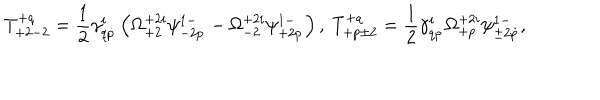
T _ { + 2 - 2 } ^ { + q } = \frac 1 2 \gamma _ { q \dot { p } } ^ { i } \left( \Omega _ { + 2 } ^ { + 2 i } \psi _ { - 2 \dot { p } } ^ { 1 - } - \Omega _ { - 2 } ^ { + 2 i } \psi _ { + 2 \dot { p } } ^ { 1 - } \right) , \ T _ { + p \pm 2 } ^ { + q } = \frac 1 2 \gamma _ { q \dot { p } } ^ { i } \Omega _ { + p } ^ { + 2 i } \psi _ { \pm 2 \dot { p } } ^ { 1 - } ,